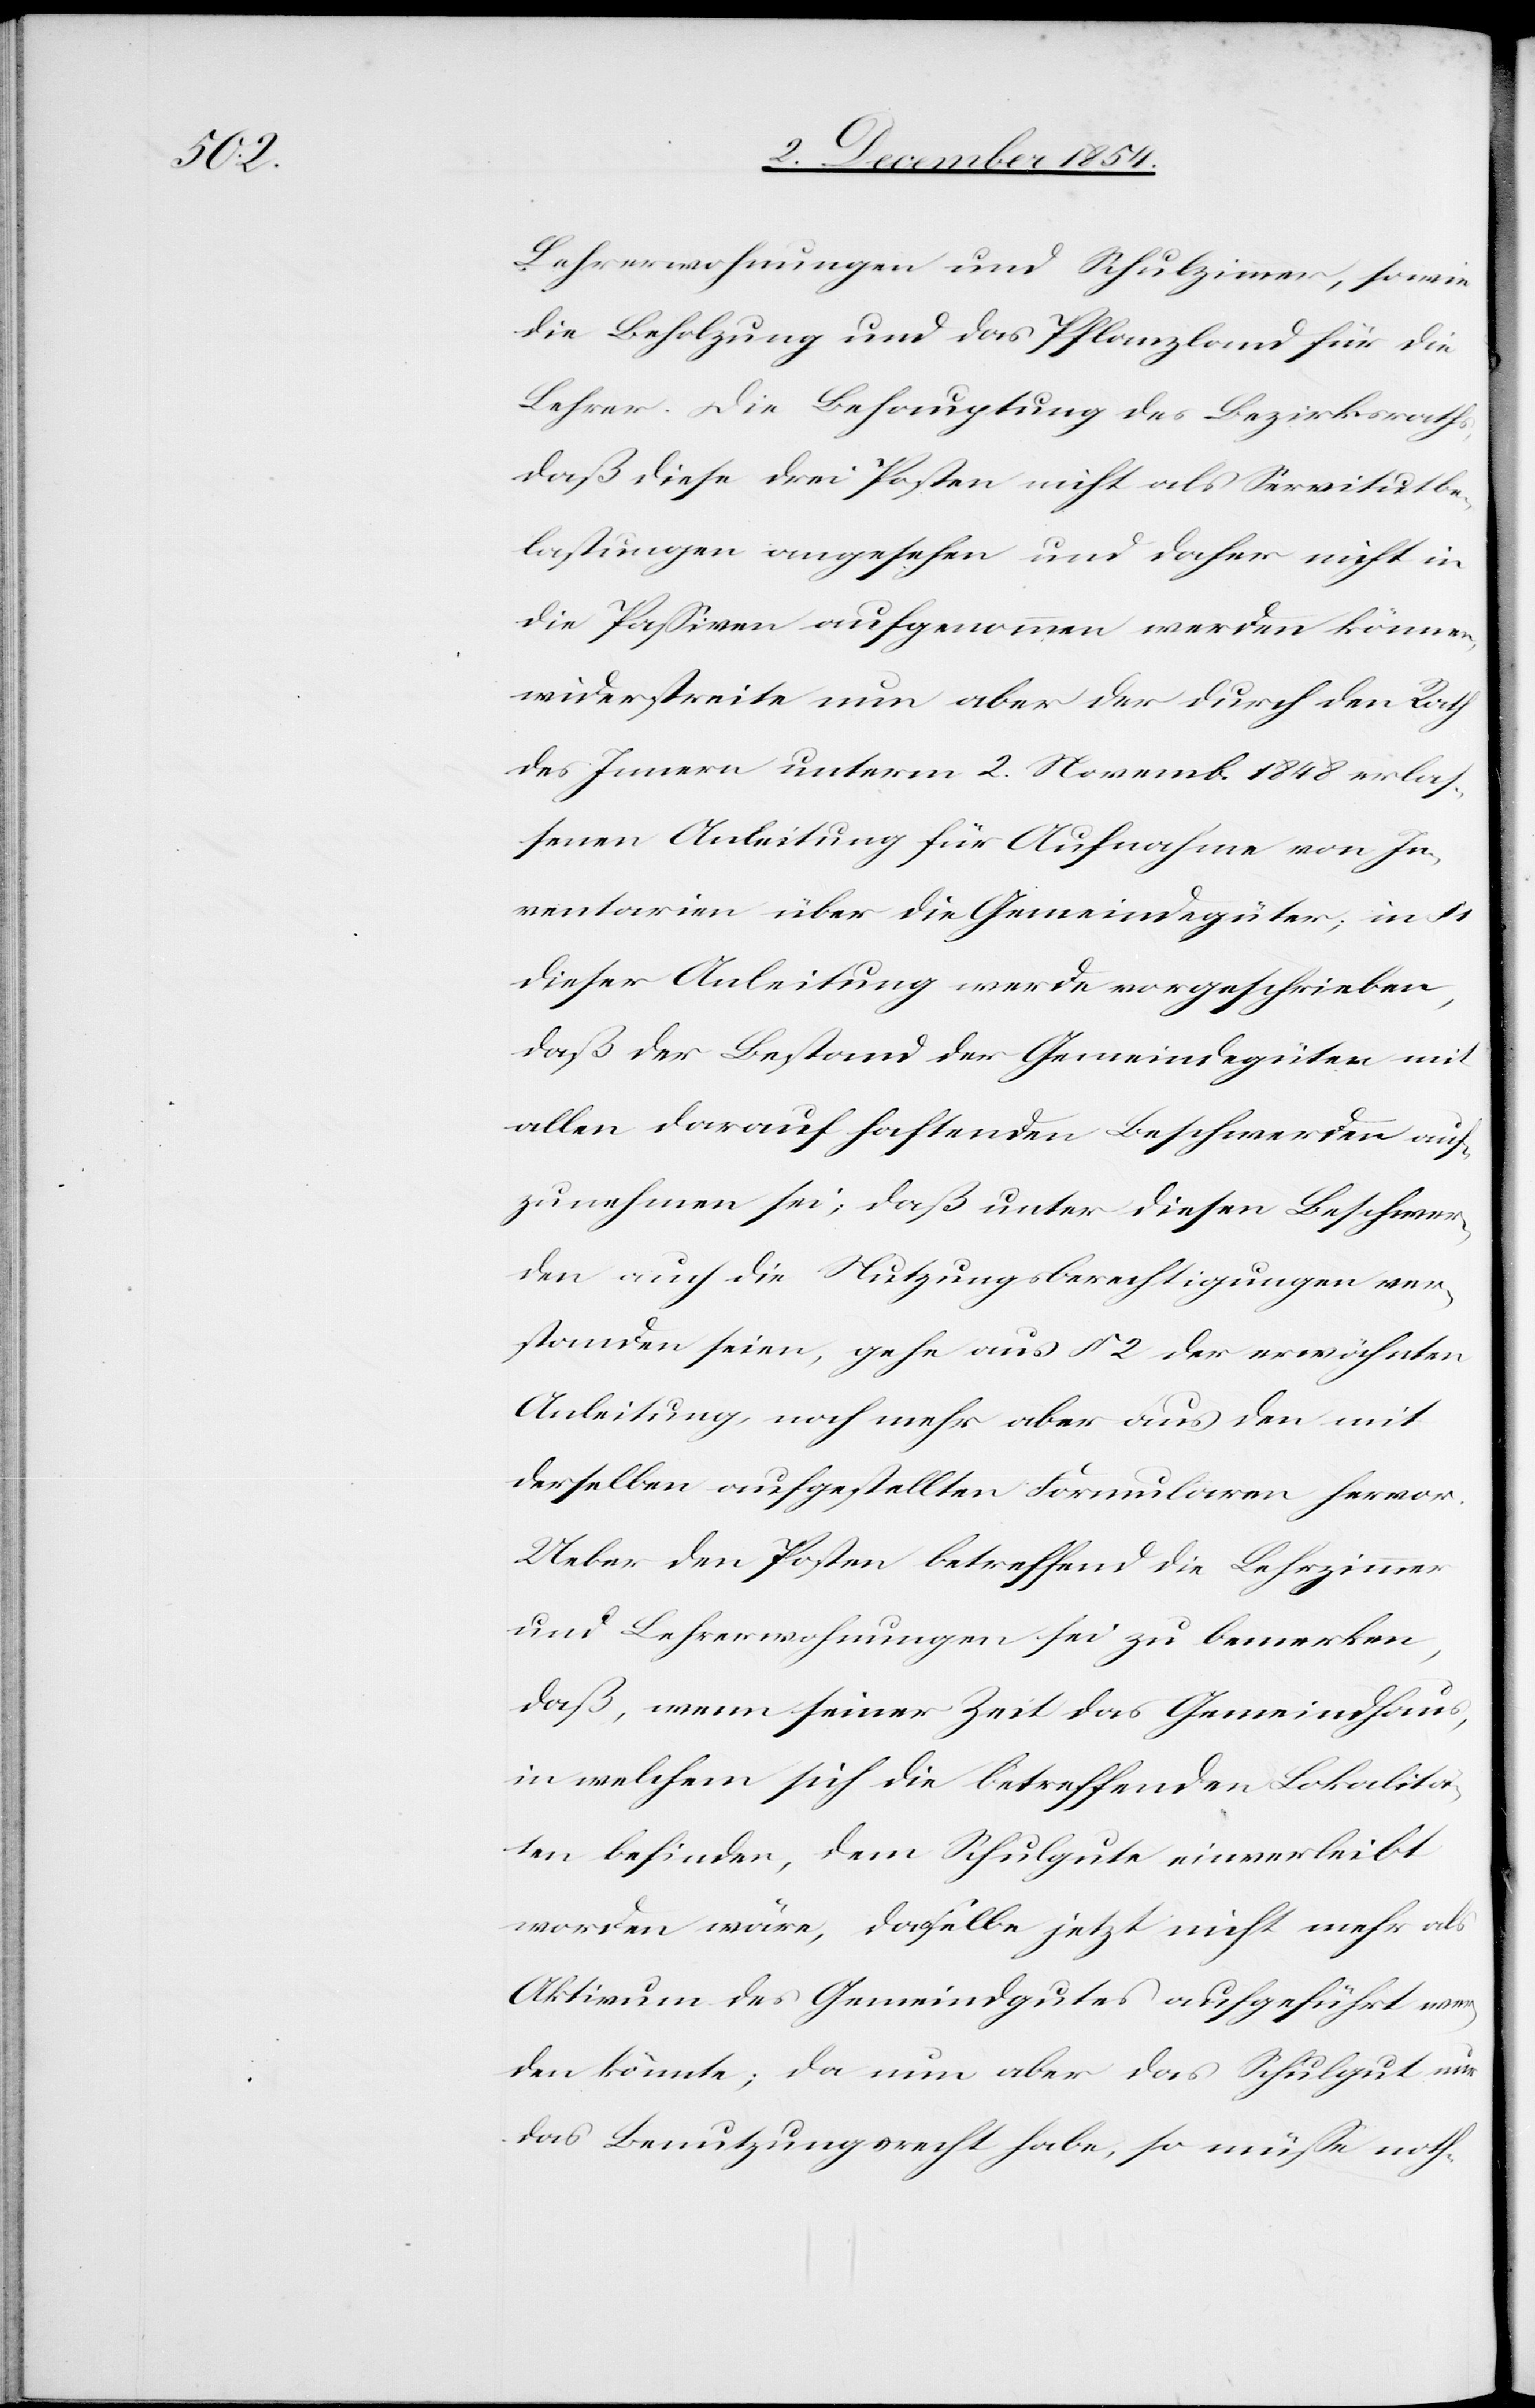
Lehrerwohnungen und Schulzimmer, sowie
die Beholzung und das Pflanzland für die
Lehrer. Die Behauptung des Bezirksrathes,
daß diese drei Posten nicht als Servitutbe¬
lastungen angesehen und daher nicht in
die Paßiven aufgenommen werden könne,
widerstreite nun aber der durch den Rath
des Innern unterm 2. Novemb. 1848 erlaß¬
enen Anleitung für Aufnahme von In¬
ventarien über die Gemeindegüer; in §
dieser Anleitung werde vorgeschrieben,
daß der Bestand der Gemeindegüter mit
allen darauf haftenden Beschwerden auf¬
zunehmen sei; daß unter diesen Beschwer¬
den auch die Nutzungsberechtigungen ver¬
standen seien, gehe aus § 2 der erwähnten
Anleitung, noch mehr aber aus den mit
derselben aufgestellten Formularen hervor.
Ueber den Posten betreffend die Lehrzimmer
und Lehrerwohnungen sei zu bemerken,
daß, wenn seiner Zeit das Gemeindhaus,
in welchem sich die betreffenden Lokalitä¬
ten befinden, dem Schulgute einverleibt
worden wäre, dasselbe jetzt nicht mehr als
Aktivum des Gemeindgutes aufgeführt wer¬
den könnte; da nun aber das Schulgut nur
das Benutzungsrecht habe, so müße noth-